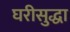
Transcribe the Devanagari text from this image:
घरीसुद्धा